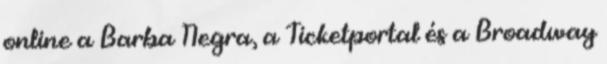
online a Barba Negra, a Ticketportal és a Broadway